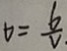
t = \frac { 6 } { V . }